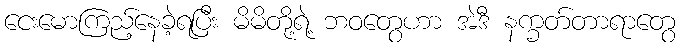
ငေးမောကြည့်နေခဲ့ရပြီး မိမိတို့ရဲ့ ဘဝတွေဟာ အဲဒီ နက္ခတ်တာရာတွေ